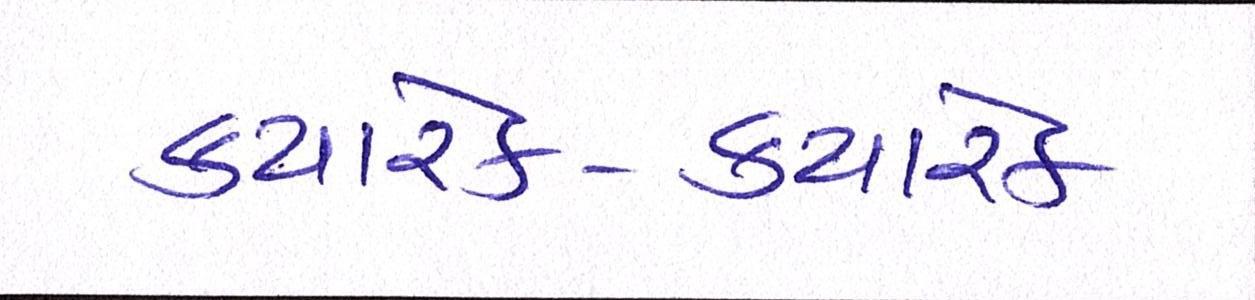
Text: ક્યારેક-ક્યારેક